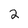
Character: 2